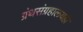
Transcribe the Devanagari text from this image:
ग्रंथसंग्रहालयही